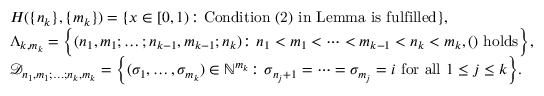
\begin{array} { r l } & { H ( \{ n _ { k } \} , \{ m _ { k } \} ) = \{ x \in [ 0 , 1 ) \colon \mathrm { C o n d i t i o n ~ ( 2 ) ~ i n ~ L e m m a ~ i s ~ f u l f i l l e d } \} , } \\ & { \Lambda _ { k , m _ { k } } = \Big \{ ( n _ { 1 } , m _ { 1 } ; \ldots ; n _ { k - 1 } , m _ { k - 1 } ; n _ { k } ) \colon n _ { 1 } < m _ { 1 } < \cdots < m _ { k - 1 } < n _ { k } < m _ { k } , ( ) \mathrm { ~ h o l d s } \Big \} , } \\ & { \mathcal { D } _ { n _ { 1 } , m _ { 1 } ; \ldots ; n _ { k } , m _ { k } } = \Big \{ ( \sigma _ { 1 } , \ldots , \sigma _ { m _ { k } } ) \in \mathbb { N } ^ { m _ { k } } \colon \sigma _ { n _ { j } + 1 } = \cdots = \sigma _ { m _ { j } } = i \mathrm { ~ f o r ~ a l l ~ } 1 \leq j \leq k \Big \} . } \end{array}